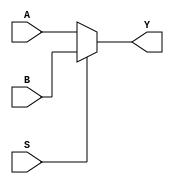
(* techmap_celltype = "$pmux" *)
module smt_pmux (A, B, S, Y);
	parameter WIDTH = 1;
	parameter S_WIDTH = 1;

	(* force_downto *)
	input [WIDTH-1:0] A;
	(* force_downto *)
	input [WIDTH*S_WIDTH-1:0] B;
	(* force_downto *)
	input [S_WIDTH-1:0] S;
	(* force_downto *)
	output [WIDTH-1:0] Y;

	(* force_downto *)
	wire [WIDTH-1:0] Y_B;

	genvar i, j;
	generate
		(* force_downto *)
		wire [WIDTH*(S_WIDTH+1)-1:0] C;

		assign C[WIDTH-1:0] = A;
		for (i = 0; i < S_WIDTH; i = i + 1)
			assign C[WIDTH*(i+2)-1:WIDTH*(i+1)] = S[i] ? B[WIDTH*(i+1)-1:WIDTH*i] : C[WIDTH*(i+1)-1:WIDTH*i];
		assign Y = C[WIDTH*(S_WIDTH+1)-1:WIDTH*S_WIDTH];
	endgenerate
endmodule